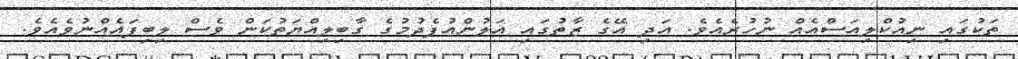
ތަކުގައި ނިއުކްލިއަސްއެއް ނުހުރެއެވެ. އަދި އޭގެ ޒާތުގައި އަލުންއުފެދުމުގެ ގާބިލިއްޔަތުކަން ވެސް ލިބިފައެއްނުވެއެވެ.